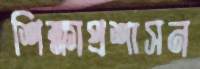
শিক্ষাপ্রশাসন